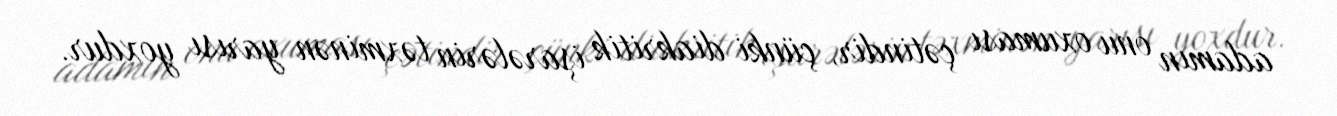
adamın onu oxuması çətindir, çünki diakritik işarələrin təxminən yarısı yoxdur.